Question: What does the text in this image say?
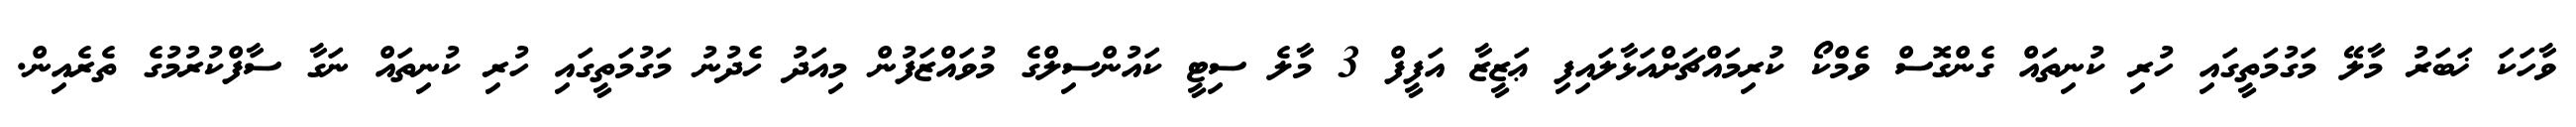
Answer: ވާހަކަ ޚަބަރު މާލޭ މަގުމަތީގައި ހުރި ކުނިތައް ގެންގޮސް ވެމްކޯ ކުރިމައްޗަށްއަޅާލައިފި ޢަޒީޒާ އަފީފް 3 މާލެ ސިޓީ ކައުންސިލްގެ މުވައްޒަފުން މިއަދު ހެދުނު މަގުމަތީގައި ހުރި ކުނިތައް ނަގާ ސާފްކުރުމުގެ ތެރެއިން.